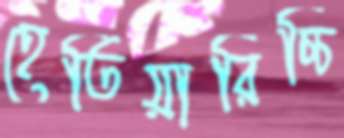
হেতিয়ারিচ্চি